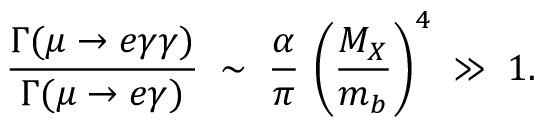
\frac { \Gamma ( \mu \to e \gamma \gamma ) } { \Gamma ( \mu \to e \gamma ) } \; \sim \; \frac { \alpha } { \pi } \, \left( \frac { M _ { X } } { m _ { b } } \right) ^ { 4 } \; \gg \; 1 .